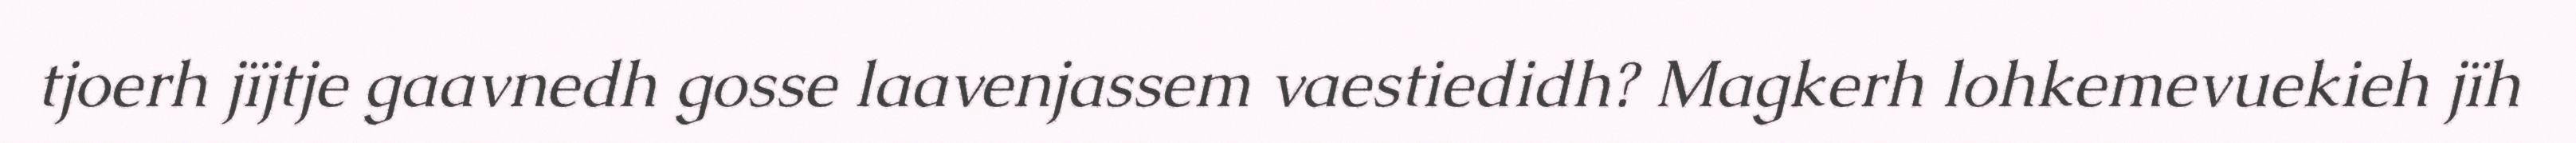
tjoerh jïjtje gaavnedh gosse laavenjassem vaestiedidh? Magkerh lohkemevuekieh jïh